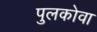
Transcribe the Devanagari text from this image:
पुलकोवा